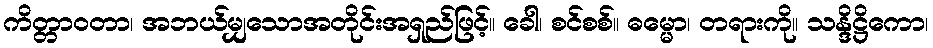
ကိတ္တာဝတာ၊ အဘယ်မျှသောအတိုင်းအရှည်ဖြင့်။ ခေါ၊ စင်စစ်။ ဓမ္မော၊ တရားကို။ သန္ဒိဋ္ဌိကော၊